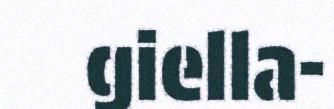
giella-